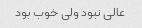
عالی نبود ولی خوب بود